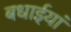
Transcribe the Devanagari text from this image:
बधाईयां